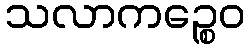
သလာကဉ္စေဝ